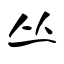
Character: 丛